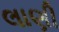
લાણી